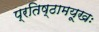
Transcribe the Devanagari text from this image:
प्रतिष्ठामयूखः